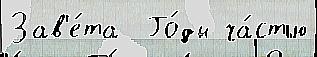
Зав'е́та  Го́ды ча́стью